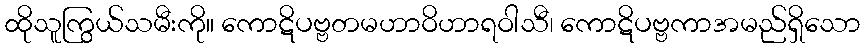
ထိုသူကြွယ်သမီးကို။ ကောဋိပဗ္ဗတမဟာဝိဟာရဝါသီ၊ ကောဋိပဗ္ဗကာအမည်ရှိသော